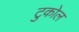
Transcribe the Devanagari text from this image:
टुकोल